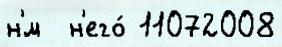
н'́м  н'его́ 11072008